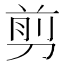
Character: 剪